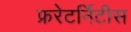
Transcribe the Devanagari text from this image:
फ्ररेटर्निटीस